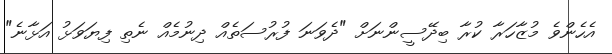
އެހެންވެ މުޒާހަރާ ކުރާ ބިދޭސީންނަށް "ދެވަނަ ފުރުސަތެއް ދިނުމެއް ނެތި ފިޔަވަޅު އަޅާނެ"